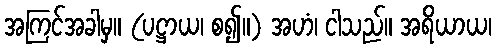
အကြင်အခါမှ။ (ပဋ္ဌာယ၊ စ၍။) အဟံ၊ ငါသည်။ အရိယာယ၊